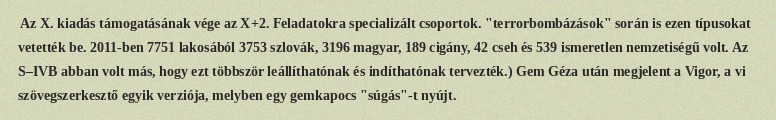
Az X. kiadás támogatásának vége az X+2. Feladatokra specializált csoportok. "terrorbombázások" során is ezen típusokat vetették be. 2011-ben 7751 lakosából 3753 szlovák, 3196 magyar, 189 cigány, 42 cseh és 539 ismeretlen nemzetiségű volt. Az S–IVB abban volt más, hogy ezt többször leállíthatónak és indíthatónak tervezték.) Gem Géza után megjelent a Vigor, a vi szövegszerkesztő egyik verziója, melyben egy gemkapocs "súgás"-t nyújt.